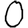
Digit: 0